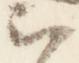
云